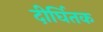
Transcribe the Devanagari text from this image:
दीर्घितक